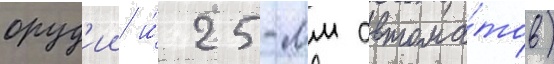
оруд'ии и́ 25-мм автома́тов)